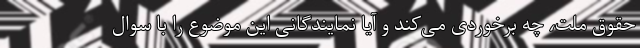
حقوق ملت، چه برخوردی می‌کند و آیا نمایندگانی این موضوع را با سوال